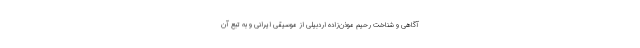
آگاهی و شناخت رحیم موذن‌زاده اردبیلی از موسیقی ایرانی و به تبع آن